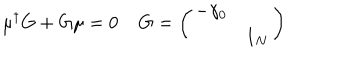
LaTeX: \mu ^ { \dagger } G + G \mu = 0 \; G = \left( \begin{array} { c c } { { - \gamma _ { 0 } } } & { { } } \\ { { } } & { { 1 _ { N } } } \\ \end{array} \right)